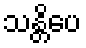
သန္တိပေ